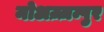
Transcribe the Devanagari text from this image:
मोअज़्ज़म्पुर